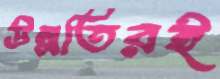
উন্নতিরই